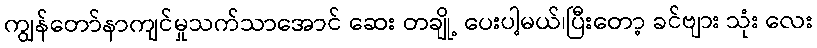
ကျွန်တော်နာကျင်မှုသက်သာအောင် ဆေး တချို့ ပေးပါ့မယ်၊ပြီးတော့ ခင်ဗျား သုံး လေး